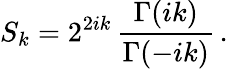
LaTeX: S_{k}=2^{2ik}\, \frac{\Gamma(ik)}{\Gamma(-ik)}\, .